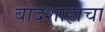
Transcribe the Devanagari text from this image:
बादशाहाचा